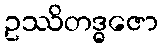
ဥဿိတဒ္ဓဇော